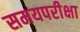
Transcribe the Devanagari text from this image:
समयपरीक्षा